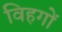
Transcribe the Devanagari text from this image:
विहगों